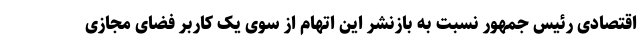
اقتصادی رئیس جمهور نسبت به بازنشر این اتهام از سوی یک کاربر فضای مجازی